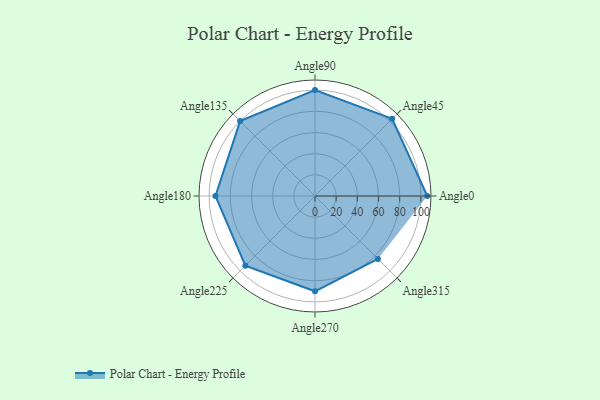
{"axis": {"x": "Angle", "y": "Radius"}, "legend": [""], "data": [{"x": "Angle0", "y": 106.0, "type": ""}, {"x": "Angle45", "y": 103.0, "type": ""}, {"x": "Angle90", "y": 100.0, "type": ""}, {"x": "Angle135", "y": 100.0, "type": ""}, {"x": "Angle180", "y": 94.0, "type": ""}, {"x": "Angle225", "y": 93.0, "type": ""}, {"x": "Angle270", "y": 90.0, "type": ""}, {"x": "Angle315", "y": 84.0, "type": ""}]}